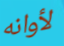
لأوانه